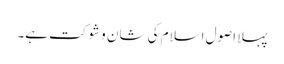
پہلا اصول اسلام کی شان و شوکت ہے۔